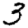
Digit: 3